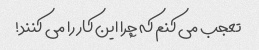
تعجب می کنم که چرا این کار را می کنند!